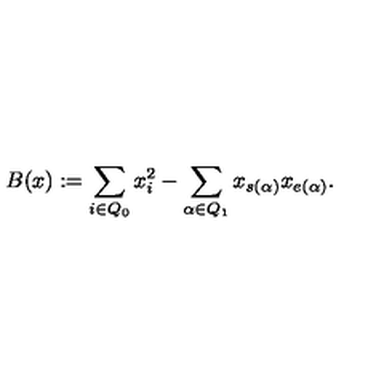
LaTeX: B ( x ) : = \sum _ { i \in Q _ { 0 } } x _ { i } ^ { 2 } - \sum _ { \alpha \in Q _ { 1 } } x _ { s ( \alpha ) } x _ { e ( \alpha ) } .